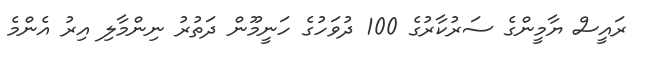
ރައީސް ޔާމީންގެ ސަރުކާރުގެ 100 ދުވަހުގެ ހަނީމޫން ދަތުރު ނިންމާލި އިރު އެންމެ